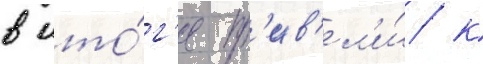
в ито́г'е пр'ив'ел'и́ к